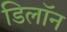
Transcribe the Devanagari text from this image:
डिलॉन